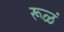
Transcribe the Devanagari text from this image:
रूळं